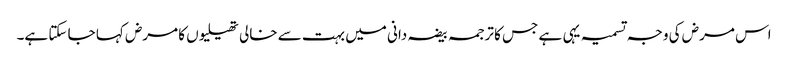
اس مرض کی وجہ تسمیہ یہی ہے جس کا ترجمہ بیضہ دانی میں بہت سے خالی تھیلیوں کا مرض کہا جا سکتا ہے۔